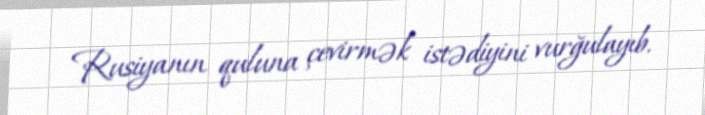
Rusiyanın quluna çevirmək istədiyini vurğulayıb.